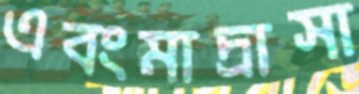
এবংমাদ্রাসা